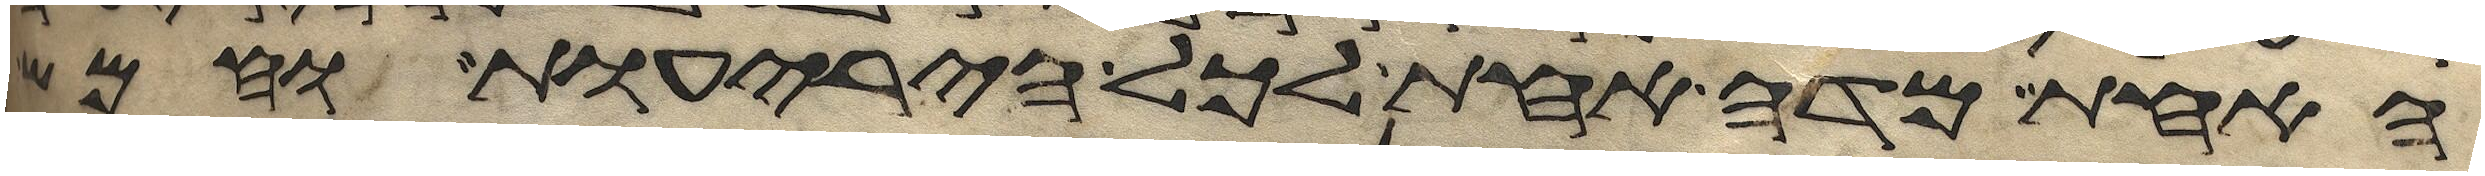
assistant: האחת מדה אחת לכל היריעות וחמש